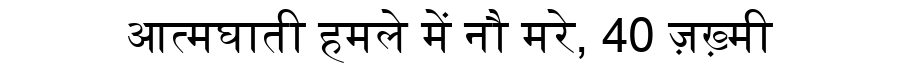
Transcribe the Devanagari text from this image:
आत्मघाती हमले में नौ मरे, 40 ज़ख़्मी